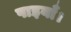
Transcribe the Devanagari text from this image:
पाइयाँ।